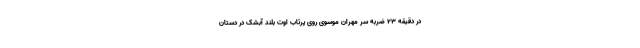
در دقیقه ۲۳ ضربه سر مهران موسوی روی پرتاب اوت بلند آبشک در دستان